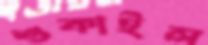
শুকাইল